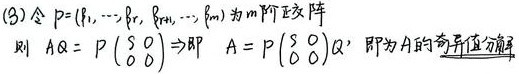
(3) 令\(P = (\xi_{1},\cdots,\xi_{r},\xi_{r + 1},\cdots,\xi_{m})\)为\(m\)阶正交阵，则
\[AQ = P\begin{pmatrix}S & 0 \\ 0 & 0\end{pmatrix}\Rightarrow A = P\begin{pmatrix}S & 0 \\ 0 & 0\end{pmatrix}Q^{\mathrm{T}}\]
即为\(A\)的奇异值分解。